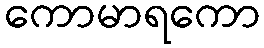
ကောမာရကော